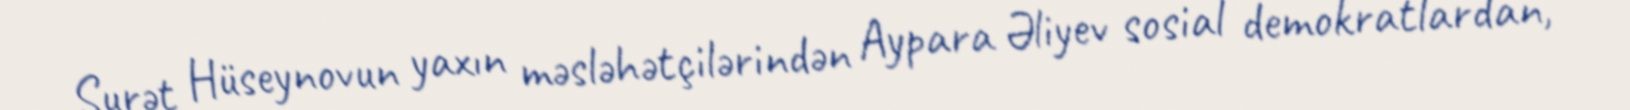
Surət Hüseynovun yaxın məsləhətçilərindən Aypara Əliyev sosial demokratlardan,